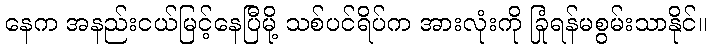
နေက အနည်းငယ်မြင့်နေပြီမို့ သစ်ပင်ရိပ်က အားလုံးကို ခြုံရန်မစွမ်းသာနိုင်။